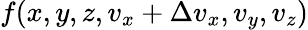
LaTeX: f(x,y,z,v_{x}+\Delta v_{x},v_{y},v_{z})